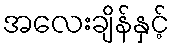
အလေးချိန်နှင့်